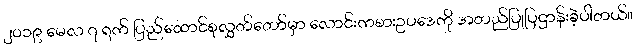
၂၀၁၉ မေလ ၇ ရက် ပြည်ထောင်စုလွှတ်တော်မှာ လောင်းကစားဥပဒေကို အတည်ပြုပြဌာန်းခဲ့ပါတယ်။